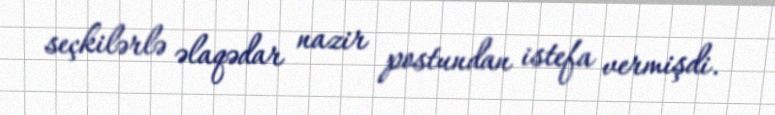
seçkilərlə əlaqədar nazir postundan istefa vermişdi.